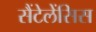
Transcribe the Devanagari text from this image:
सैंटेलेंसिस